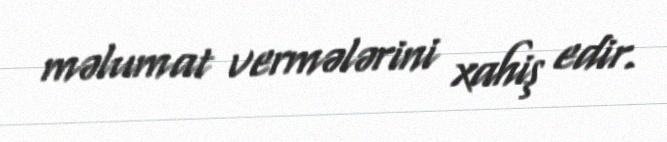
məlumat vermələrini xahiş edir.